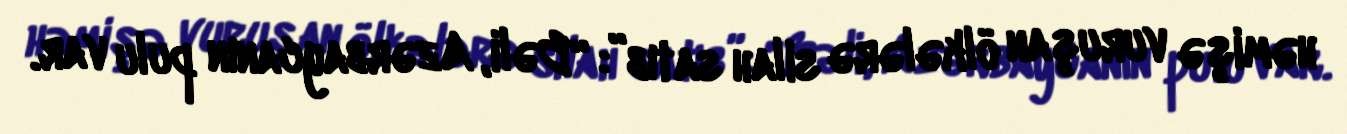
həmişə vuruşan ölkələrə silah satıb”: “Bəli, Azərbaycanın pulu var.